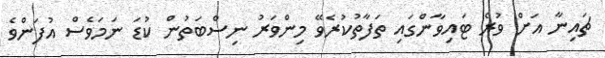
ޗައިނާ އަށް ވުރެ ޓައިވާންގައި ތަފާތުކުރެވޭ މިންވަރު ނިސްބަތުން ކުޑަ ނަމަވެސް އުފަންވެ